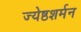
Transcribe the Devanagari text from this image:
ज्येष्ठशर्मन